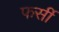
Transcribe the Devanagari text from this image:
फर्सी